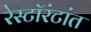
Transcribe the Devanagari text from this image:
रेस्टॉरंटांत